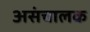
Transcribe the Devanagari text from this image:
असंचालक